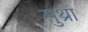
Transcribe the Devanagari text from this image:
सुथ्रा